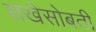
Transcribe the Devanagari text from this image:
सखेसोबती